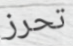
تحرز